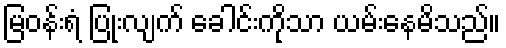
မြဝန်းရံ ပြုံးလျက် ခေါင်းကိုသာ ယမ်းနေမိသည်။